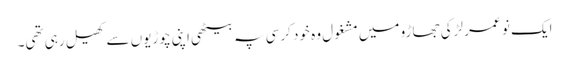
ایک نو عمر لڑکی جھاڑو میں مشغول وہ خود کرسی پہ بیٹھی اپنی چوڑیوں سے کھیل رہی تھی۔